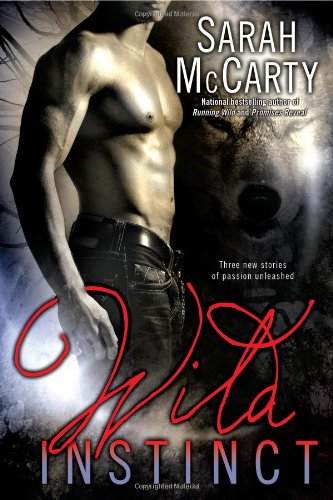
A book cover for Wild Instinct; Sarah McCarty; Romance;